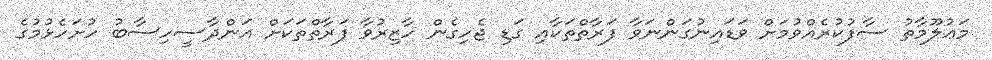
މަޢުލޫމާތު ސާފުކުރެއްވުމަށް ވަޑައިނުގަންނަވާ ފަރާތްތަކާއި ގަޑި ޖެހިގެން ހާޒިރުވާ ފަރާތްތަކަށް އަންދާސީހިސާބު ހުށަހެޅުމުގެ